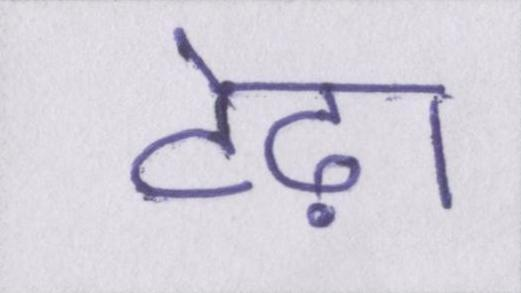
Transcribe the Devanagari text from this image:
टेढ़ा